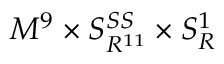
M ^ { 9 } \times S _ { R ^ { 1 1 } } ^ { S S } \times S _ { R } ^ { 1 }